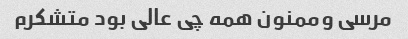
مرسی وممنون همه چی عالی بود متشکرم